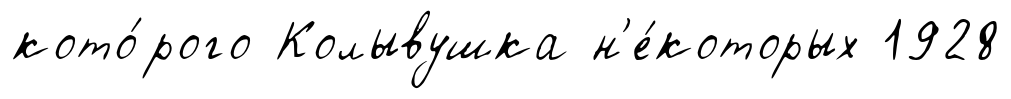
кото́рого Колывушка н'е́которых 1928